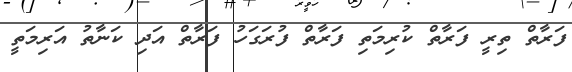
ފަރާތް ތިރީ ފަރާތް ކުރިމަތި ފަރާތް ފުރަގަހު ފަރާތް އަދި ކަނާތު އަރިމަތީ